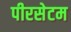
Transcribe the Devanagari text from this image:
पीरसेटम